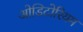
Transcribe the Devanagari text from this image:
ओडिटोरियम